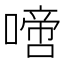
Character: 𠽜